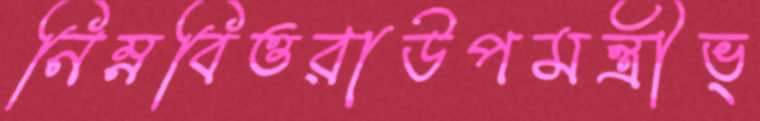
নিম্নবিত্তরাউপমন্ত্রীভ্